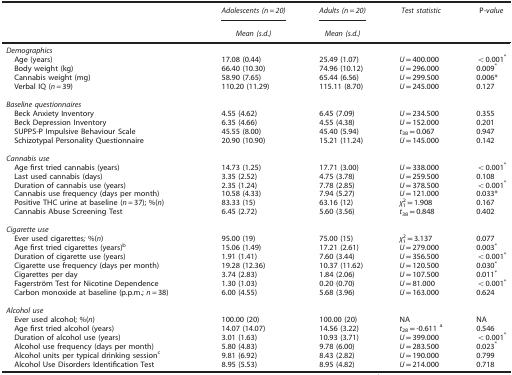
<table><thead><tr><td><b> </b></td><td><b><i>Adolescents (n=20)</i></b></td><td><b><i>Adults (n=20)</i></b></td><td><b><i>Test statistic</i></b></td><td><b>P<i>-value</i></b></td></tr><tr><td><b> </b></td><td><b><i>Mean (s.d.)</i></b></td><td><b><i>Mean (s.d.)</i></b></td><td><b> </b></td><td><b> </b></td></tr></thead><tbody><tr><td><i>Demographics</i></td><td> </td><td> </td><td> </td><td> </td></tr><tr><td> Age (years)</td><td>17.08 (0.44)</td><td>25.49 (1.07)</td><td><i>U</i>=400.000</td><td>&lt;0.001<sup>*</sup></td></tr><tr><td> Body weight (kg)</td><td>66.40 (10.30)</td><td>74.96 (10.12)</td><td><i>U</i>=296.000</td><td>0.009<sup>*</sup></td></tr><tr><td> Cannabis weight (mg)</td><td>58.90 (7.65)</td><td>65.44 (6.56)</td><td><i>U</i>=299.500</td><td>0.006*</td></tr><tr><td> Verbal IQ (<i>n=</i>39)</td><td>110.20 (11.29)</td><td>115.11 (8.70)</td><td><i>U</i>=245.000</td><td>0.127</td></tr><tr><td> </td><td> </td><td> </td><td> </td><td> </td></tr><tr><td colspan="5"><i>Baseline questionnaires</i></td></tr><tr><td> Beck Anxiety Inventory</td><td>4.55 (4.62)</td><td>6.45 (7.09)</td><td><i>U</i>=234.500</td><td>0.355</td></tr><tr><td> Beck Depression Inventory</td><td>6.35 (4.66)</td><td>4.55 (4.38)</td><td><i>U</i>=152.000</td><td>0.201</td></tr><tr><td> SUPPS-P Impulsive Behaviour Scale</td><td>45.55 (8.00)</td><td>45.40 (5.94)</td><td><i>t</i><sub>38</sub>=0.067</td><td>0.947</td></tr><tr><td> Schizotypal Personality Questionnaire</td><td>20.90 (10.90)</td><td>15.21 (11.24)</td><td><i>U</i>=145.000</td><td>0.142</td></tr><tr><td> </td><td> </td><td> </td><td> </td><td> </td></tr><tr><td colspan="5"><i>Cannabis use</i></td></tr><tr><td> Age first tried cannabis (years)</td><td>14.73 (1.25)</td><td>17.71 (3.00)</td><td><i>U</i>=338.000</td><td>&lt;0.001<sup>*</sup></td></tr><tr><td> Last used cannabis (days)</td><td>3.35 (2.52)</td><td>4.75 (3.78)</td><td><i>U</i>=259.500</td><td>0.108</td></tr><tr><td> Duration of cannabis use (years)</td><td>2.35 (1.24)</td><td>7.78 (2.85)</td><td><i>U</i>=378.500</td><td>&lt;0.001<sup>*</sup></td></tr><tr><td> Cannabis use frequency (days per month)</td><td>10.58 (4.33)</td><td>7.94 (5.27)</td><td><i>U</i>=121.000</td><td>0.033*</td></tr><tr><td> Positive THC urine at baseline (<i>n=</i>37); %(<i>n</i>)</td><td>83.33 (15)</td><td>63.16 (12)</td><td><i>χ</i><sup>2</sup><sub>1</sub>=1.908</td><td>0.167</td></tr><tr><td> Cannabis Abuse Screening Test</td><td>6.45 (2.72)</td><td>5.60 (3.56)</td><td><i>t</i><sub>38</sub>=0.848</td><td>0.402</td></tr><tr><td> </td><td> </td><td> </td><td> </td><td> </td></tr><tr><td colspan="5"><i>Cigarette use</i></td></tr><tr><td> Ever used cigarettes<i>;</i> %(<i>n</i>)</td><td>95.00 (19)</td><td>75.00 (15)</td><td><i>χ</i><sup>2</sup><sub>1</sub>=3.137</td><td>0.077</td></tr><tr><td> Age first tried cigarettes (years)b</td><td>15.06 (1.49)</td><td>17.21 (2.61)</td><td><i>U</i>=279.000</td><td>0.003<sup>*</sup></td></tr><tr><td> Duration of cigarette use (years)</td><td>1.91 (1.41)</td><td>7.60 (3.44)</td><td><i>U</i>=356.500</td><td>&lt;0.001<sup>*</sup></td></tr><tr><td> Cigarette use frequency (days per month)</td><td>19.28 (12.36)</td><td>10.37 (11.62)</td><td><i>U</i>=120.500</td><td>0.030<sup>*</sup></td></tr><tr><td> Cigarettes per day</td><td>3.74 (2.83)</td><td>1.84 (2.06)</td><td><i>U</i>=107.500</td><td>0.011<sup>*</sup></td></tr><tr><td> Fagerström Test for Nicotine Dependence</td><td>1.30 (1.03)</td><td>0.20 (0.70)</td><td><i>U</i>=81.000</td><td>&lt;0.001<sup>*</sup></td></tr><tr><td> Carbon monoxide at baseline (p.p.m.; <i>n=</i>38)</td><td>6.00 (4.55)</td><td>5.68 (3.96)</td><td><i>U</i>=163.000</td><td>0.624</td></tr><tr><td> </td><td> </td><td> </td><td> </td><td> </td></tr><tr><td colspan="5"><i>Alcohol use</i></td></tr><tr><td> Ever used alcohol; %(<i>n</i>)</td><td>100.00 (20)</td><td>100.00 (20)</td><td>NA</td><td>NA</td></tr><tr><td> Age first tried alcohol (years)</td><td>14.07 (14.07)</td><td>14.56 (3.22)</td><td><i>t</i><sub>28</sub>=-0.611 a</td><td>0.546</td></tr><tr><td> Duration of alcohol use (years)</td><td>3.01 (1.63)</td><td>10.93 (3.71)</td><td><i>U</i>=399.000</td><td>&lt;0.001<sup>*</sup></td></tr><tr><td> Alcohol use frequency (days per month)</td><td>5.80 (4.83)</td><td>9.78 (6.00)</td><td><i>U</i>=283.500</td><td>0.023<sup>*</sup></td></tr><tr><td> Alcohol units per typical drinking sessionc</td><td>9.81 (6.92)</td><td>8.43 (2.82)</td><td><i>U</i>=190.000</td><td>0.799</td></tr><tr><td> Alcohol Use Disorders Identification Test</td><td>8.95 (5.53)</td><td>8.95 (4.82)</td><td><i>U</i>=214.000</td><td>0.718</td></tr></tbody></table>